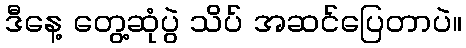
ဒီနေ့ တွေ့ဆုံပွဲ သိပ် အဆင်ပြေတာပဲ။